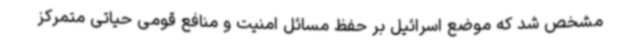
مشخص شد که موضع اسرائیل بر حفظ مسائل امنیت و منافع قومی حیاتی متمرکز